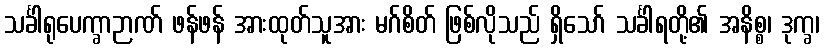
သင်္ခါရုပေက္ခာဉာဏ် ဖန်ဖန် အားထုတ်သူအား မဂ်စိတ် ဖြစ်လိုသည် ရှိသော် သင်္ခါရတို့၏ အနိစ္စ၊ ဒုက္ခ၊